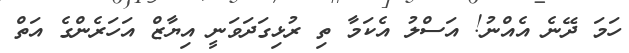
ހަމަ ދޭނެ އެއްނު! އަސްލު އެކަމާ ތި ރުޅިގަދަވަނީ އިޔާޒް އަހަރެންގެ އަތް